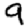
Digit: 9